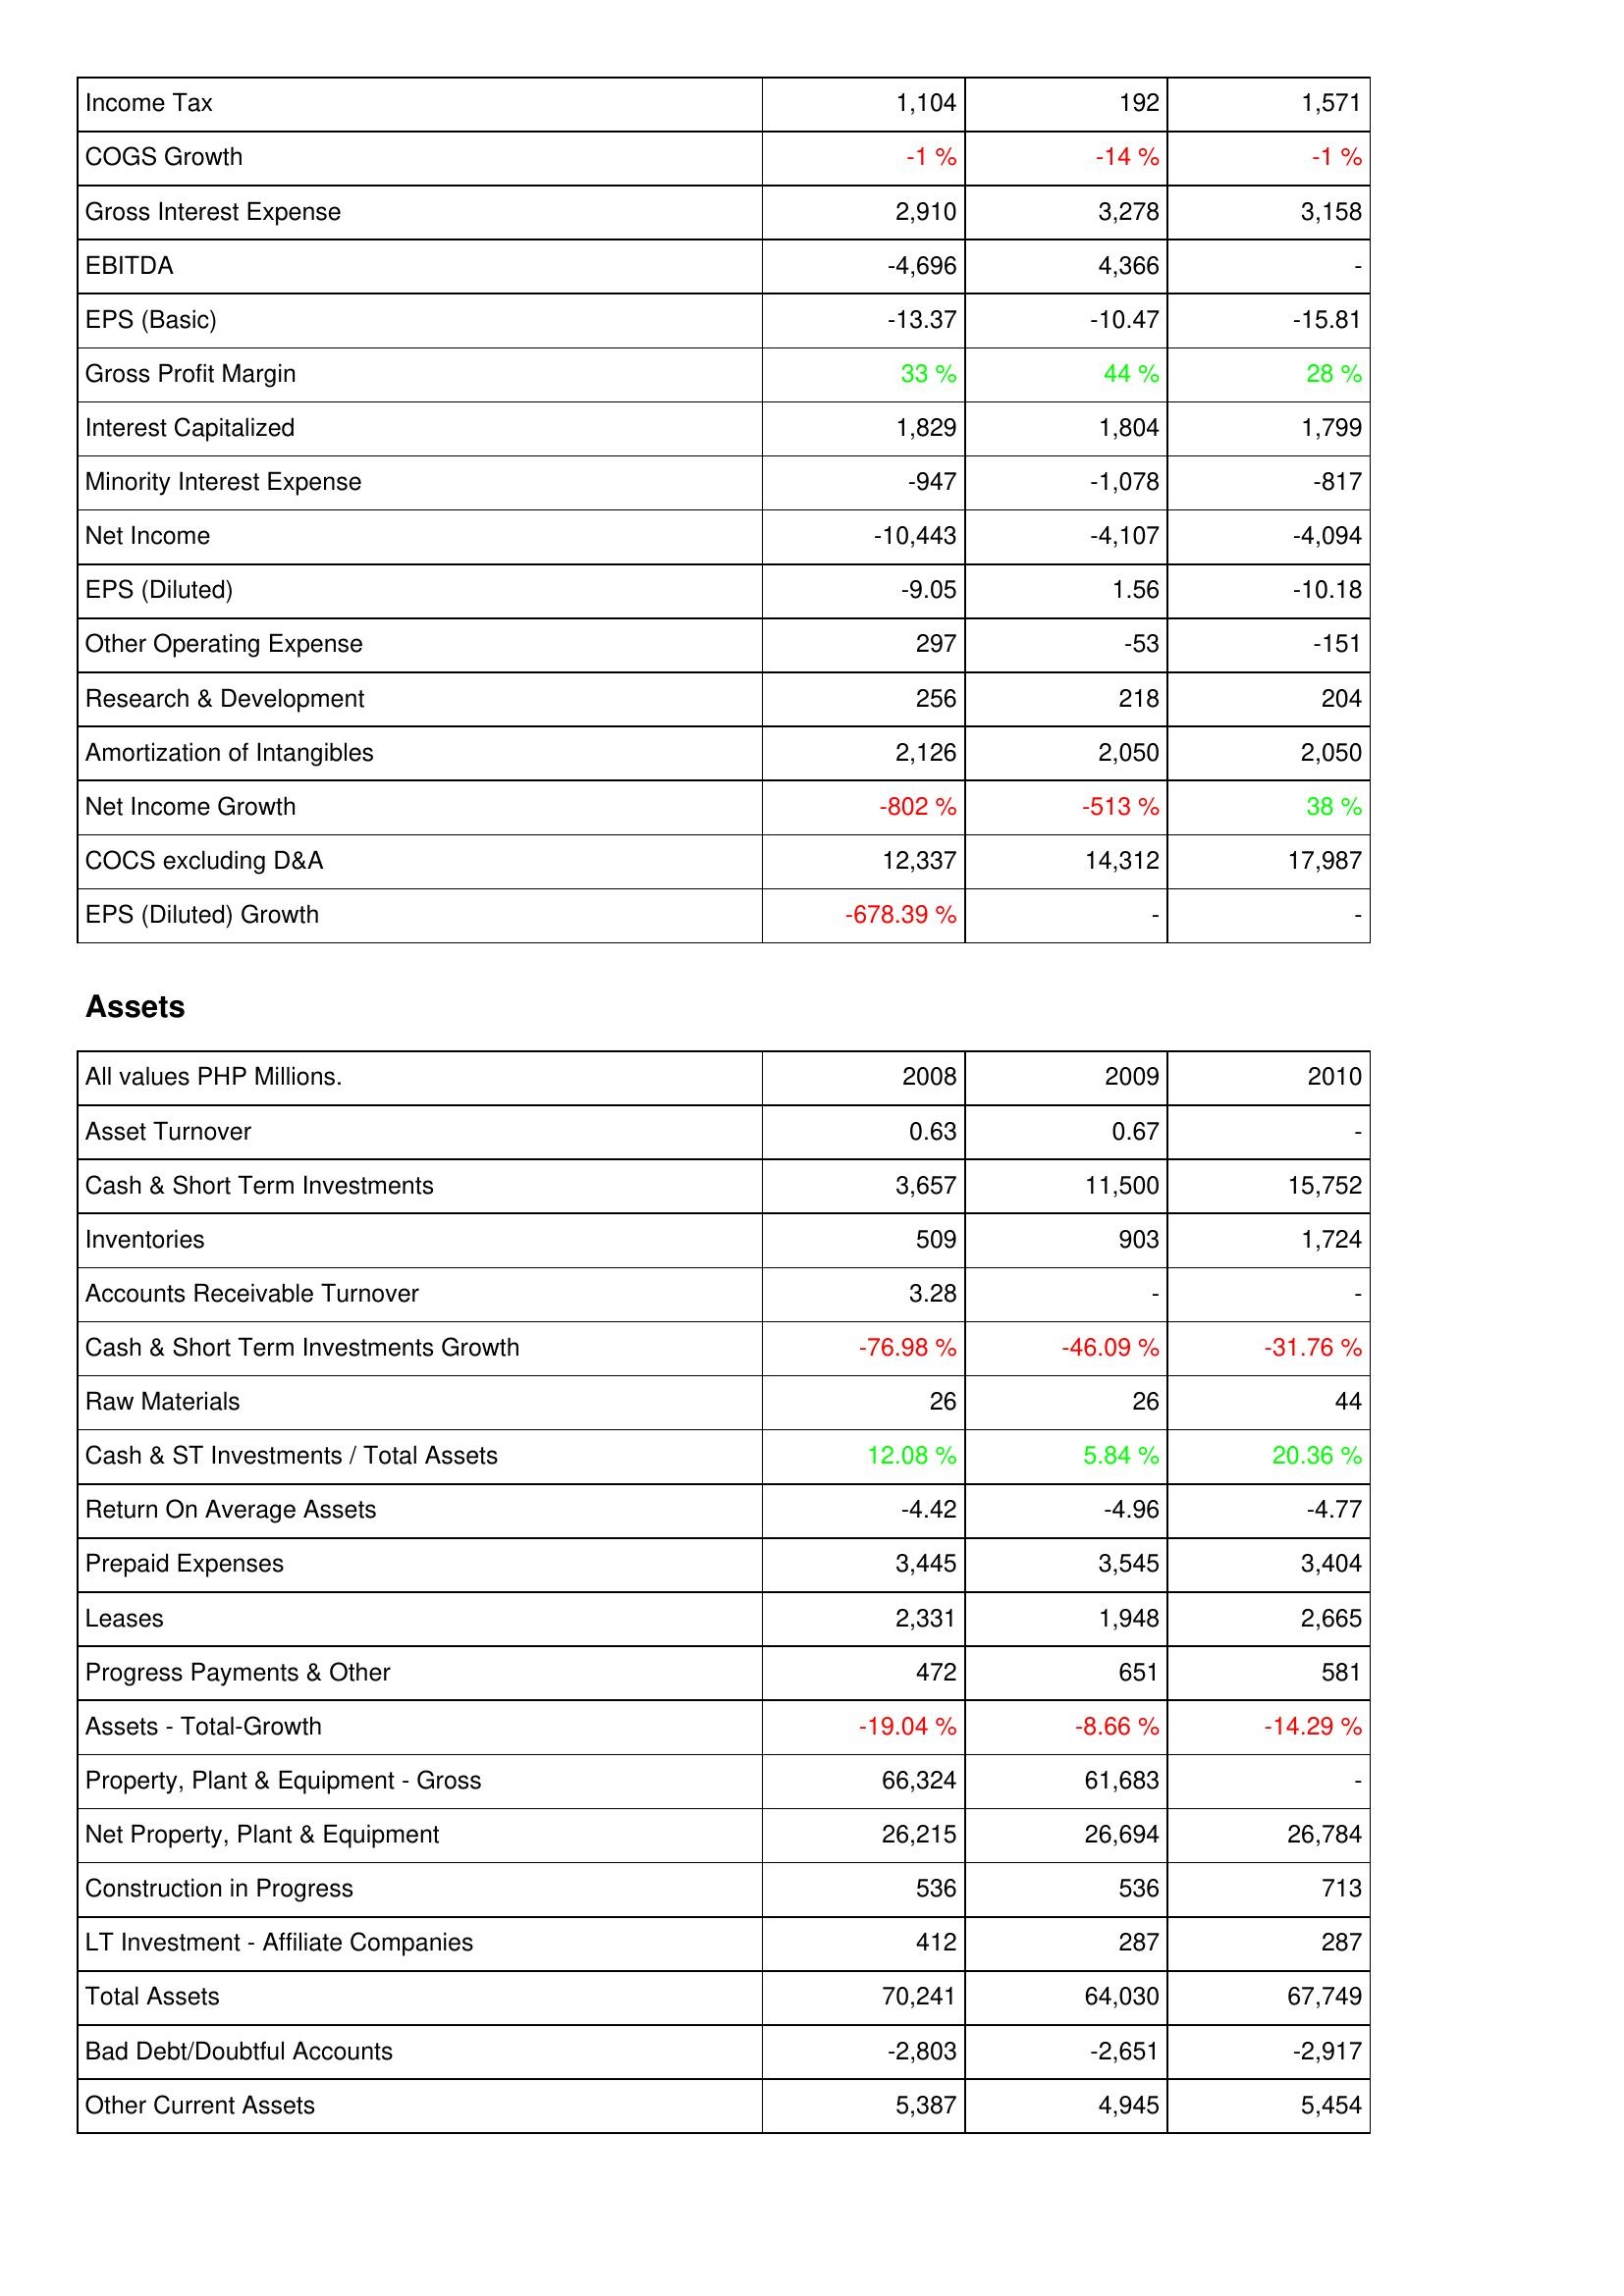
2008: Income Statement: Income Tax: 1,104
COGS Growth: -1 %
Gross Interest Expense: 2,910
EBITDA: -4,696
EPS (Basic): -13.37
Gross Profit Margin: 33 %
Interest Capitalized: 1,829
Minority Interest Expense: -947
Net Income: -10,443
EPS (Diluted): -9.05
Other Operating Expense: 297
Research & Development: 256
Amortization of Intangibles: 2,126
Net Income Growth: -802 %
COCS excluding D&A: 12,337
EPS (Diluted) Growth: -678.39 %
Assets: Asset Turnover: 0.63
Cash & Short Term Investments: 3,657
Inventories: 509
Accounts Receivable Turnover: 3.28
Cash & Short Term Investments Growth: -76.98 %
Raw Materials: 26
Cash & ST Investments / Total Assets: 12.08 %
Return On Average Assets: -4.42
Prepaid Expenses: 3,445
Leases: 2,331
Progress Payments & Other: 472
Assets - Total-Growth: -19.04 %
Property, Plant & Equipment - Gross: 66,324
Net Property, Plant & Equipment: 26,215
Construction in Progress: 536
LT Investment - Affiliate Companies: 412
Total Assets: 70,241
Bad Debt/Doubtful Accounts: -2,803
Other Current Assets: 5,387
2009: Income Statement: Income Tax: 192
COGS Growth: -14 %
Gross Interest Expense: 3,278
EBITDA: 4,366
EPS (Basic): -10.47
Gross Profit Margin: 44 %
Interest Capitalized: 1,804
Minority Interest Expense: -1,078
Net Income: -4,107
EPS (Diluted): 1.56
Other Operating Expense: -53
Research & Development: 218
Amortization of Intangibles: 2,050
Net Income Growth: -513 %
COCS excluding D&A: 14,312
EPS (Diluted) Growth: -
Assets: Asset Turnover: 0.67
Cash & Short Term Investments: 11,500
Inventories: 903
Accounts Receivable Turnover: -
Cash & Short Term Investments Growth: -46.09 %
Raw Materials: 26
Cash & ST Investments / Total Assets: 5.84 %
Return On Average Assets: -4.96
Prepaid Expenses: 3,545
Leases: 1,948
Progress Payments & Other: 651
Assets - Total-Growth: -8.66 %
Property, Plant & Equipment - Gross: 61,683
Net Property, Plant & Equipment: 26,694
Construction in Progress: 536
LT Investment - Affiliate Companies: 287
Total Assets: 64,030
Bad Debt/Doubtful Accounts: -2,651
Other Current Assets: 4,945
2010: Income Statement: Income Tax: 1,571
COGS Growth: -1 %
Gross Interest Expense: 3,158
EBITDA: -
EPS (Basic): -15.81
Gross Profit Margin: 28 %
Interest Capitalized: 1,799
Minority Interest Expense: -817
Net Income: -4,094
EPS (Diluted): -10.18
Other Operating Expense: -151
Research & Development: 204
Amortization of Intangibles: 2,050
Net Income Growth: 38 %
COCS excluding D&A: 17,987
EPS (Diluted) Growth: -
Assets: Asset Turnover: -
Cash & Short Term Investments: 15,752
Inventories: 1,724
Accounts Receivable Turnover: -
Cash & Short Term Investments Growth: -31.76 %
Raw Materials: 44
Cash & ST Investments / Total Assets: 20.36 %
Return On Average Assets: -4.77
Prepaid Expenses: 3,404
Leases: 2,665
Progress Payments & Other: 581
Assets - Total-Growth: -14.29 %
Property, Plant & Equipment - Gross: -
Net Property, Plant & Equipment: 26,784
Construction in Progress: 713
LT Investment - Affiliate Companies: 287
Total Assets: 67,749
Bad Debt/Doubtful Accounts: -2,917
Other Current Assets: 5,454